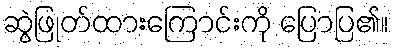
ဆွဲဖြုတ်ထားကြောင်းကို ပြောပြ၏။